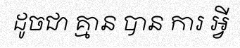
ដូចជា គ្មាន បាន ការ អ្វី